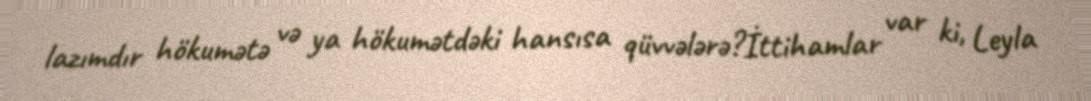
lazımdır hökumətə və ya hökumətdəki hansısa qüvvələrə?İttihamlar var ki, Leyla